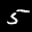
Digit: 5